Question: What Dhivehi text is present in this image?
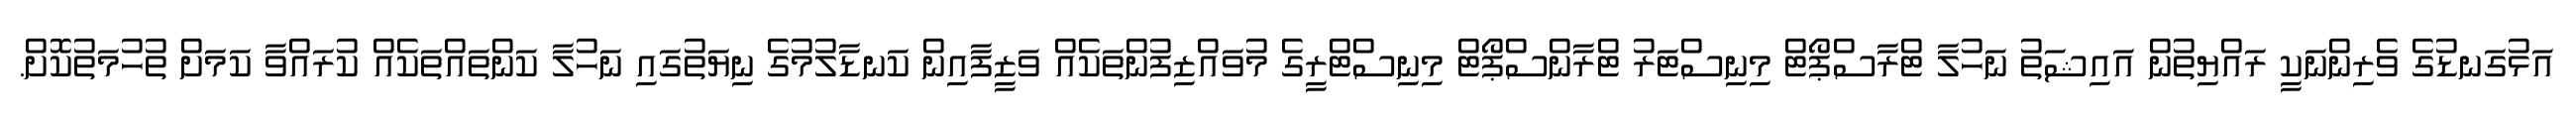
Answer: އަޅުގަނޑުގެ ވެރިންނަކީ ރައްޔިތުން އައިޝަތު ނަހުލާ ޓްރާސްޕޯޓް މިނިސްޓަރު ޓްރާންސްޕޯޓް މިނިސްޓްރީގެ މުވައްޒިފުންތަކެއް ވަޒީފާއިން ކަނޑާލުމުގެ ނިޔަތުގައި ނަހުލާ ކަންތައްތަކެއް ކުރައްވާ ކަމަށް ތުހުމަތުކޮށް.